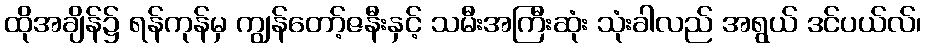
ထိုအချိန်၌ ရန်ကုန်မှ ကျွန်တော့်ဇနီးနှင့် သမီးအကြီးဆုံး သုံးခါလည် အရွယ် ဒင်ပယ်လ်၊